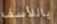
ياللأسف